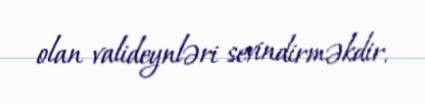
olan valideynləri sevindirməkdir.